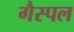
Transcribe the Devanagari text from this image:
गैस्पल